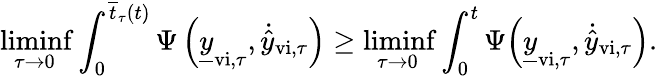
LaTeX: \operatorname*{liminf}_{\tau\rightarrow 0}\int_{0}^{\overline{{t}}_{\tau}(t)}\Psi\left(\underline{{y}}_{\mathrm{vi},\tau},\dot{\hat{y}}_{\mathrm{vi},\tau}\right)\geq\operatorname*{liminf}_{\tau\rightarrow 0}\int_{0}^{t}\Psi{\left(\underline{{y}}_{\mathrm{vi},\tau},\dot{\hat{y}}_{\mathrm{vi},\tau}\right)}.